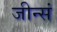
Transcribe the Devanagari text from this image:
जीन्सं